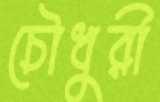
চৌধুরী